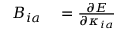
\begin{array} { r l } { B _ { i a } } & { { } = \frac { \partial E } { \partial \kappa _ { i a } } } \end{array}